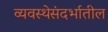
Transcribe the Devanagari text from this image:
व्यवस्थेसंदर्भातील